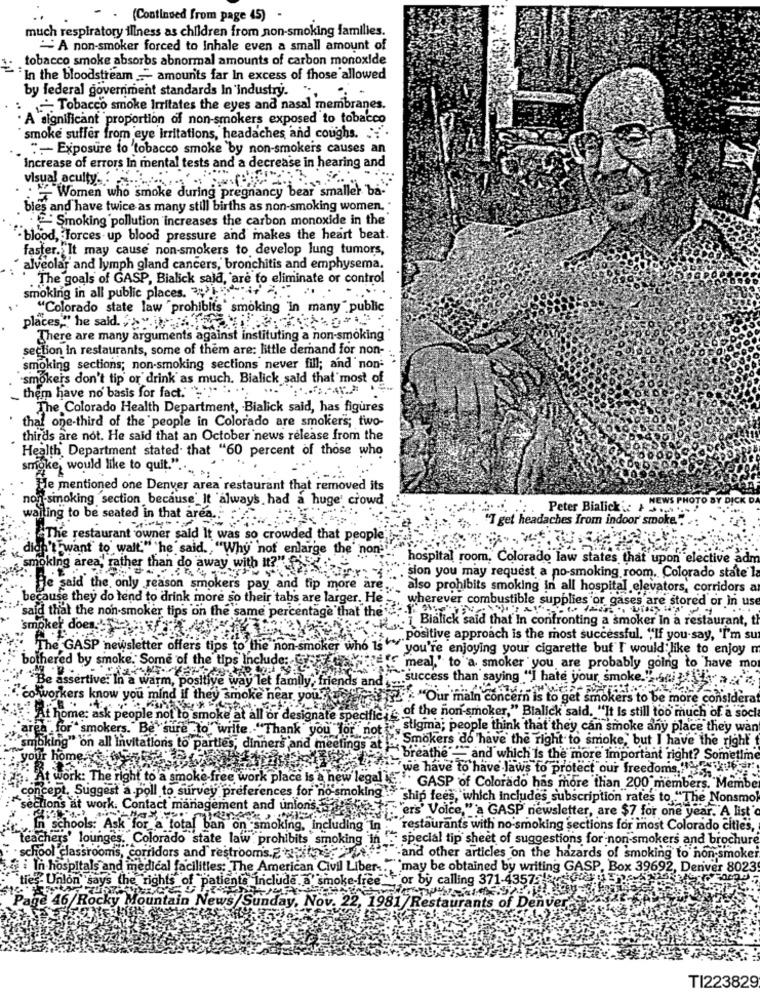
(Continued from page 45)
much respiratory illness as children from non-smoking families.
A non-smoker forced to Inhale even a small amount of
tobacco smoke absorbs abnormal amounts of carbon monoxide
"In the bloodstream -" amounts far In excess of those allowed
by federal government standards In industry. ...
, Tobacco smoke Irritates the eyes and nasal membranes.
A significant proportion of non-smokers exposed to tobacco
smoke suffer from eye irritations, headaches and coughs. .. .
:- Exposure to tobacco smoke by non-smokers causes an
Increase of errors In mental tests and a decrease in hearing and
visual acuity ..
: "" Women who smoke during pregnancy bear smaller ba-
bles and have twice as many still births as non-smoking women. *
Smoking pollution increases the carbon monoxide in the
- blood, Torces-up blood pressure and makes the heart beat.
faster. It may cause non-smokers to develop lung tumors,
alveolar and lymph gland cancers, bronchitis and emphysema.
. The goals of GASP, Bialick sala, 'are to eliminate or control
smoking in all public places. .?!
"Colorado state law "prohibits" smoking 'in many" public
places," he said. ..
There are many arguments against instituting a non-smoking
section in restaurants, some of them are: little demand for non-
smoking sections; non-smoking sections never fill; and non-
smokers don't tip or drink as much. Bialick said that most of
them have no basis for fact." """
The Colorado Health Department, Bialick said, has figures
thal one-third of the people in Colorado are smokers; two-
thirds are not. He said that an October news release from the
Health Department stated that "60 percent of those who
smoke would like to quit." ..
Hle mentioned one Denver area restaurant that removed its
non-smoking section because_It always had a huge' crowd
NEWS PHOTO BY DICK DA
Peter Bialick :: ......
waiting to be seated in that area ..
. "T get headaches Irom indoor smoke." .:
The restaurant owner said It was so crowded that people
didn't want to walt." he said. "Why not enlarge the non-
hospital room, Colorado law states that upon elective adm
smoking area, rather than do away with It?"
sion you may request a no-smoking room, Colorado state la
He said the only reason smokers pay and tip more are
also prohibits smoking in all hospital elevators, corridors a
because they do tend to drink more so their tabs are larger. He
wherever combustible supplies or gases are stored or in use
said that the non-smoker tips on the same percentage that the
1 Bialick said that In confronting a smoker In a restaurant, t
smoker doen 'Te .
positive approach is the most successful, "If you say, "I'm su
The GASP newsletter offers tips to the non-smoker who 15
you're enjoying your cigarette buf I would like to enjoy m
bothered by smoke. Some of the tips Include; R
meal,' to a smoker you are probably going to have mo
"Be assertive: In a warm, positive way let family, friends and
success than saying "I hate your smoke."" Sci
co- workers know you mind if they smoke near you!
"Our main concern is to get smokers to be more considera
At home: ask people not to smoke at all or designate specifies" of the non-smoker," Blalick said. "It Is still too much of a sock
pa for smokers. Be sure to write. "Thank you for" not
stigma; people think that they can smoke any place they wan
Smokers do 'have the right to smoke, but I have the right
"smoking" on all Invitations to parties, dinners and meetings at
your home:
breathe " and which is the more Important right? Sometlm
we have to have laws to protect our freedoms,
At work: The right to a smoke-free work place Is a new legale"
concept, Suggest a poll to survey preferences for no-smoking
GASP of Colorado has more than 200 members. Membe
ship fees, which includes subscription rates to "The Nonsmo
ections at work. Contact management and union's
"ers' Volce,"'a GASP newsletter, are $7 for one year. A list'
In schools: Ask for a total ban on smoking, including In
restaurants with no-smoking sections for most Colorado cities,
teachers' lounges. Colorado state law prohibits smoking in
special tip sheet of suggestions for non-smokers and brochure
school classroom's, corridors and restrooms.2. " >
i other articles on the hazards of smoking to non smoker
In hospitals and medical facilities; The American Civil Liber-
`may be obtained by writing GASP, Box 39692, Denver 8023
`ties Union" says the rights of patients Include. a' smoke-fr
For by calling 371-435
Page 46/Rocky Mountain News/Sunday, Nov. 22, 1981/Restaurants of Denver-
TI223829